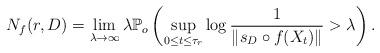
LaTeX: \begin{align*} N_f(r,D)=\lim_{\lambda\rightarrow\infty}\lambda\mathbb P_o\left(\sup_{0\leq t\leq\tau_r}\log\frac{1}{\|s_D\circ f(X_t)\|}>\lambda\right).\end{align*}